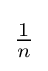
{\begin{matrix}{\frac {1}{n}}\end{matrix}}